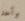
وأحد